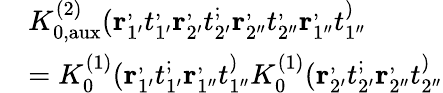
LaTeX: \begin{array}{rl}&{K_{0,\mathrm{aux}}^{(2)}(\mathbf{r}_{1^{\prime}}^,t_{1^{\prime}}^,\mathbf{r}_{2^{\prime}}^,t_{2^{\prime}}^;\mathbf{r}_{2^{\prime\prime}}^,t_{2^{\prime\prime}}^,\mathbf{r}_{1^{\prime\prime}}^,t_{1^{\prime\prime}}^)}\\ &{=K_{0}^{(1)}(\mathbf{r}_{1^{\prime}}^,t_{1^{\prime}}^;\mathbf{r}_{1^{\prime\prime}}^,t_{1^{\prime\prime}}^)K_{0}^{(1)}(\mathbf{r}_{2^{\prime}}^,t_{2^{\prime}}^;\mathbf{r}_{2^{\prime\prime}}^,t_{2^{\prime\prime}}^)}\end{array}